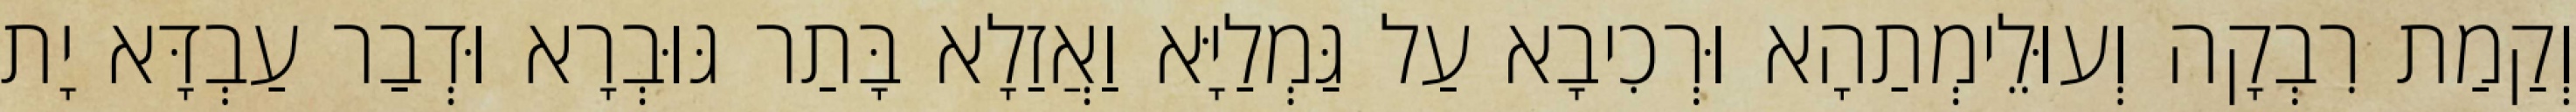
וְקַמַת רִבְקָה וְעוּלֵימְתַהָא וּרְכִיבָא עַל גַּמְלַיָּא וַאֲזַלָא בָּתַר גּוּבְרָא וּדְבַר עַבְדָּא יָת